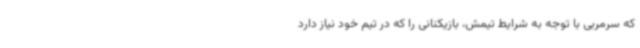
که سرمربی با توجه به شرایط تیمش، بازیکنانی را که در تیم خود نیاز دارد